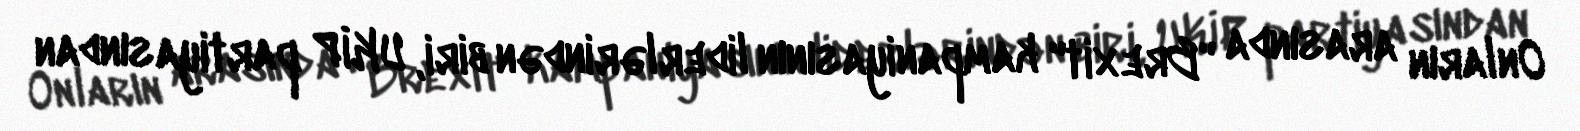
Onların arasında "Brexit" kampaniyasının liderlərindən biri, UKİP partiyasından